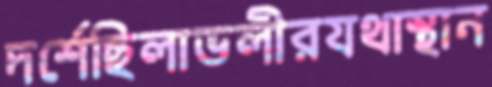
দর্শেছিলাভলীরযথাস্থান